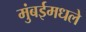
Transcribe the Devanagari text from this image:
मुंबईमधले